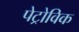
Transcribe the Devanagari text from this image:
पेट्रोविक